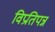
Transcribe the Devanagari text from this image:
विप्रतिपन्न